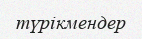
түрікмендер